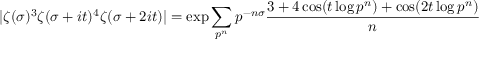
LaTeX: | \zeta ( \sigma ) ^ { 3 } \zeta ( \sigma + i t ) ^ { 4 } \zeta ( \sigma + 2 i t ) | = \exp \sum _ { p ^ { n } } p ^ { - n \sigma } { \frac { 3 + 4 \cos ( t \log p ^ { n } ) + \cos ( 2 t \log p ^ { n } ) } { n } }